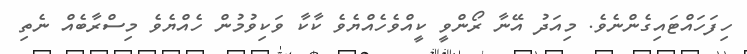
ހިފަހައްޓައިގެންނެވެ. މިއަދު އޭނާ ރޯންވީ ކީއްވެހެއްޔެވެ ކާކާ ވަކިވުމުން ހެއްޔެވެ މިސްރާބެއް ނެތި